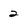
Character: 2